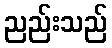
ညည်းသည်